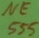
Text: NE555